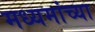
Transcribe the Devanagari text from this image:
मध्यमांच्या